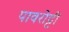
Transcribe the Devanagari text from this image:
पावरोट्टी